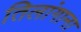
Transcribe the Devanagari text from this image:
तिलांगाना